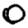
Digit: 0